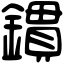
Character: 鏆